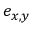
e _ { x , y }